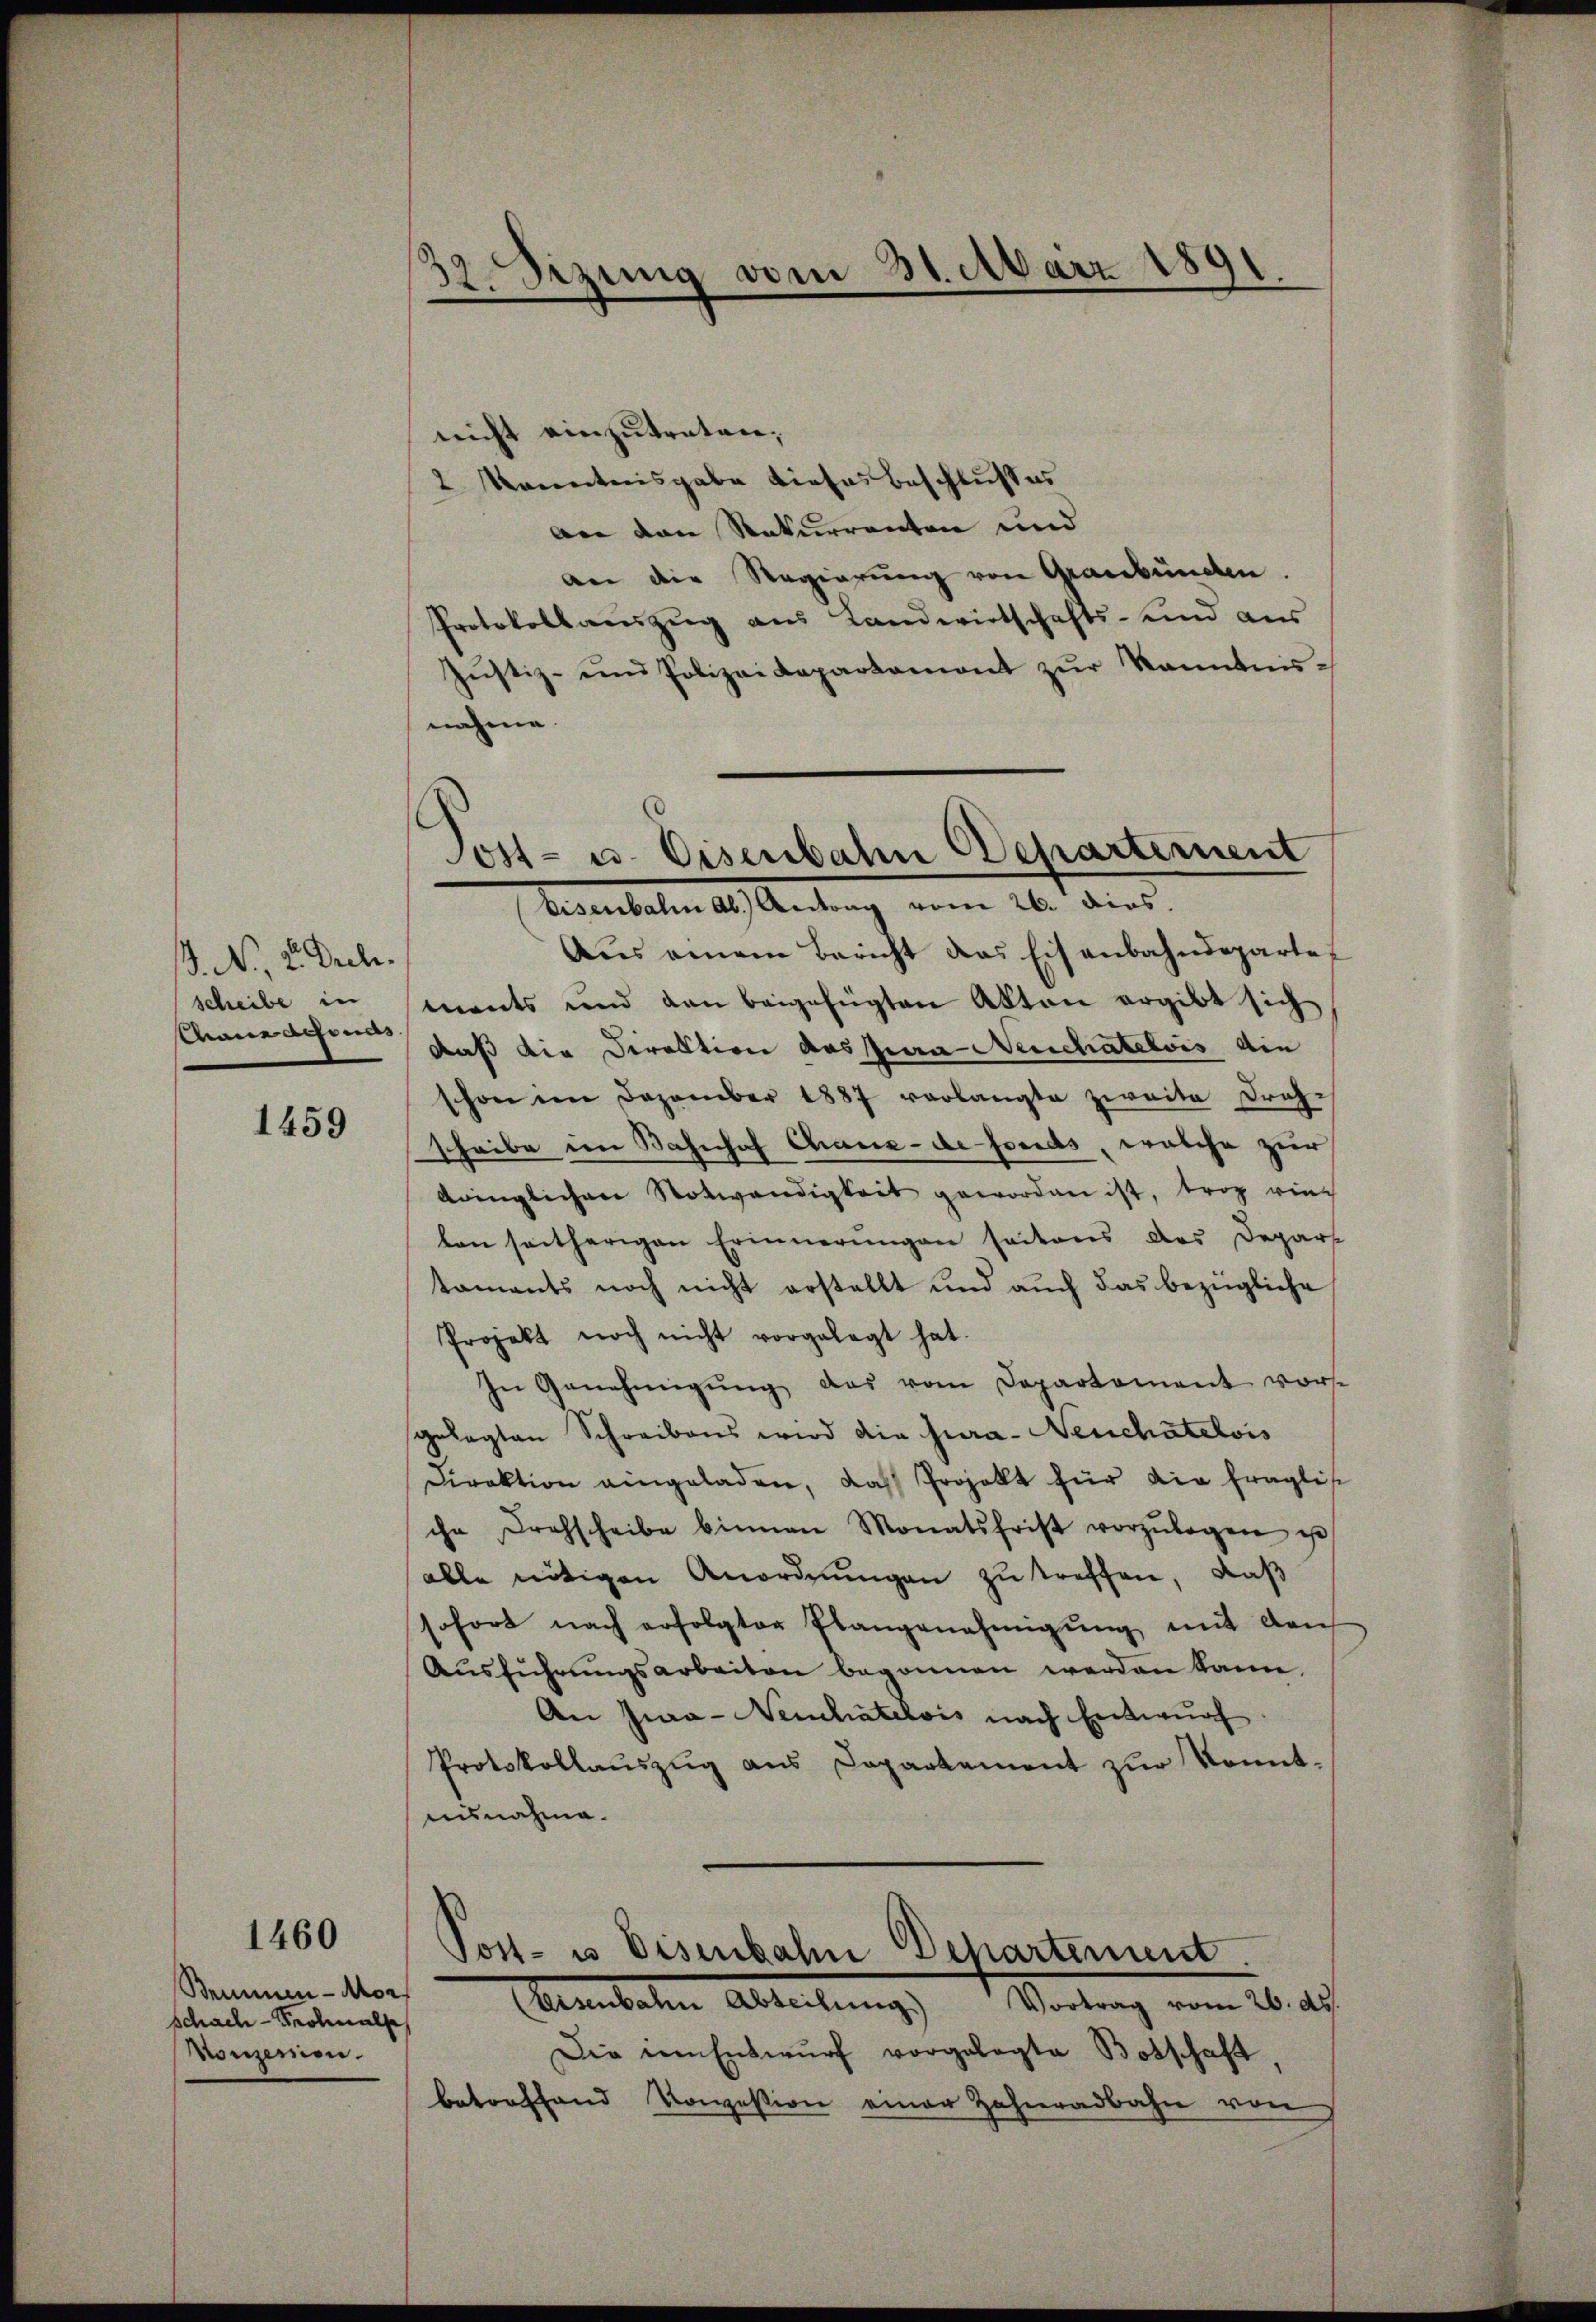
. No. 2. Dreh.
Chaue definas

1459

1460

Bemmen - Mor
Schach-Kolmals
Konzenien.

32. Setzung vom 31. März 1891.

nicht einzutreten;
2 Kanntnisgabe dieses Beschlußes
An den Rekurrenten und
an die Regierung von Graubünden.
Protokollauszug aus Landwirtschafts- und aus
Jŭstiz- und Polizeidepartemont zŭr kanntnis-
nahme.
Aŭs einem Bericht das Eisenbahndeparte
scheibe in ments und den beigefügten Akten ergibt sich
daß die Direktion des pia Neuchatelvis die
schon im Dezember 1887 verlangte zweite Drahscheibe im Bahnhof Chaux-de-Fonds, welche zur
dringlichen Notwendigkeit geworden ist, trag vie
ben seitherigen Erinnerungen seitens das Depart
taments noch nicht erstellt und auch das bezügliche
Projekt noch nicht vorgelegt hat.
In Genehmigŭng das vom Departement vor-
gelegten Schreibens wird die Jura- Neuchâtelois
Direktion eingeladen, das Projekt für die fraglis
che Drehscheibe binnen Monatsfrist vorzŭlegen u
alle nötigen Anordnungen zu treffen, daß
sofort nach erfolgter Plangenehmigŭng mit den
Aŭsführŭngsarbeiten begonnen werden kann.
An Jwa- Neuchâtelvis nach Entwurf
Protokollaŭszŭg ans Departement zŭr konnt-
ausnahme.
Post- u Eisenbahn Departement.
(teisenbahn Abteilŭng Vortrag vom 26. ds.
Die in Entwurf vorgelegte Botschaft
betreffend Konzession einer Zahnradbahn von

ost- u. Eisenbahn chartement
Eisenbahn ab. Antrag vom 26. dies.